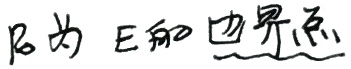
\(P\)为 \(\sum\) 的边界点